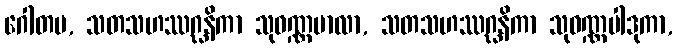
ဂေါတမ, သတသဟဿဂ္ဃနိကာ သုဝဏ္ဏမာလာ, သတသဟဿဂ္ဃနိကာ သုဝဏ္ဏပါဒုကာ,